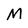
Character: M